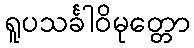
ရူပသင်္ခါဝိမုတ္တော